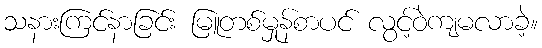
သနားကြင်နာခြင်း မြူတစ်မှုန်စာပင် လွင့်ဝဲကျမလာခဲ့။